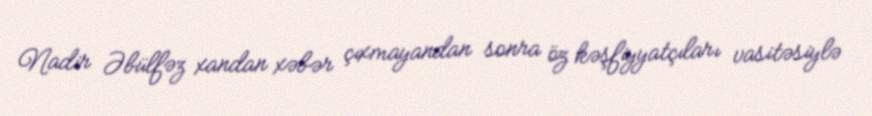
Nadir Əbülfəz xandan xəbər çıxmayandan sonra öz kəşfiyyatçıları vasitəsiylə